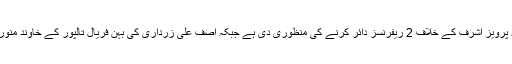
دوسری جانب چیئرمین نیب نے سابق وزیر پانی و بجلی راجہ پرویز اشرف کے خلاف 2 ریفرنسز دائر کرنے کی منظوری دی ہے جبکہ آصف علی زرداری کی بہن فریال تالپور کے خاوند منور تالپور کے خلاف نیب نے تحقیقات بند کرنے کا فیصلہ کرلیا۔